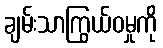
ချမ်းသာကြွယ်ဝမှုကို